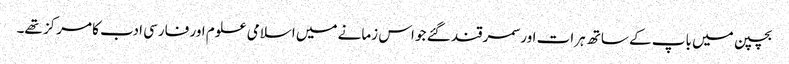
بچپن میں باپ کے ساتھ ہرات اور سمرقند گئے جو اس زمانے میں اسلامی علوم اور فارسی ادب کا مرکز تھے۔